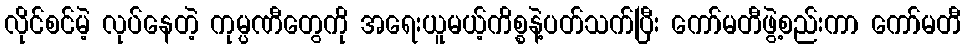
လိုင်စင်မဲ့ လုပ်နေတဲ့ ကုမ္ပဏီတွေကို အရေးယူမယ့်ကိစ္စနဲ့ပတ်သက်ပြီး ကော်မတီဖွဲ့စည်းကာ ကော်မတီ